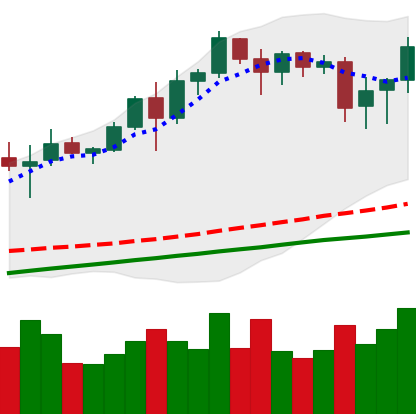
Ticker: BNB-USD
Chart end date: 2020-08-14
Forward return: -3.292%
Label: down_3_5